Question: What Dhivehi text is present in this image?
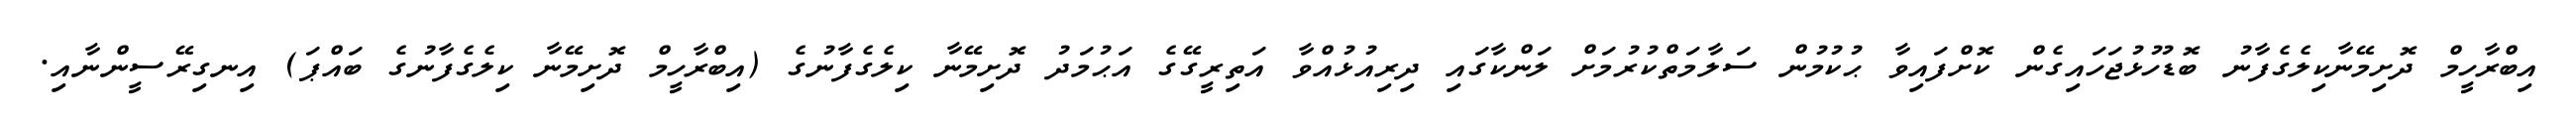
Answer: އިބްރާހީމް ދޮށިމޭނާކިލެގެފާނު ބޮޑުހުޅުޖަހައިގެން ކޮށްފައިވާ ޙުކުމުން ސަލާމަތްކުރުމަށް ލަންކާގައި ދިރިއުޅުއްވާ އަތިރީގޭގެ އަޙުމަދު ދޮށިމޭނާ ކިލެގެފާނުގެ (އިބްރާހީމް ދޮށިމޭނާ ކިލެގެފާނުގެ ބައްޕަ) އިނގިރޭސީންނާއި.